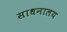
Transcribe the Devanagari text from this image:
साधनालय